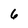
Character: 6